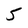
Character: 5